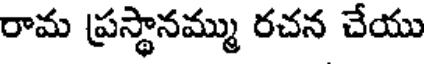
రామ ప్రస్థానమ్ము రచన చేయు